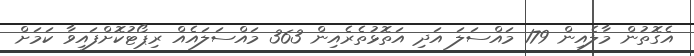
އެގޮތުން މާލެއިން 179 މައްސަލަ އަދި އަތޮޅުތެރެއިން 363 މައްސަލައެއް ރިޕޯޓުކޮށްފައިވާ ކަމަށް